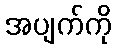
အပျက်ကို